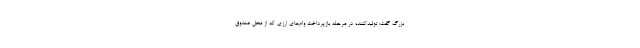
بزرگ گفت: تولیدکننده در مرحله بازپرداخت وام‌های ارزی که از محل صندوق